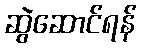
ဆွဲဆောင်ရန်